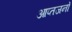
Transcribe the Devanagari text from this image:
आप्तजनों